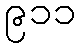
၉၁၁